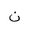
Letter: _non